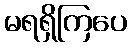
မရရှိကြပေ